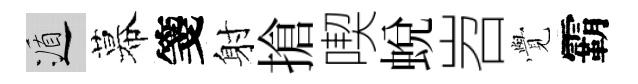
遁幕箋射搶喫蛻岧𮗜霸